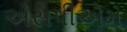
એસપીએમ